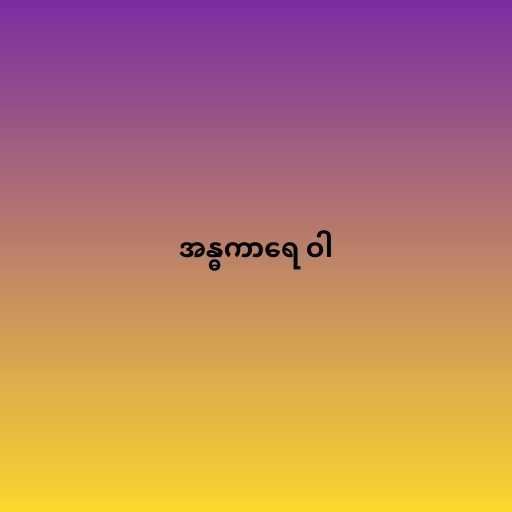
အန္ဓကာရေ ဝါ